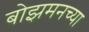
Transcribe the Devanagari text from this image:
बोझमनच्या